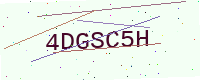
Text: 4DGSC5H